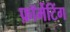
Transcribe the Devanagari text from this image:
फ़ॉर्मेटिंग